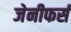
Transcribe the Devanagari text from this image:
जेनीफर्स